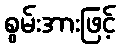
စွမ်းအားဖြင့်